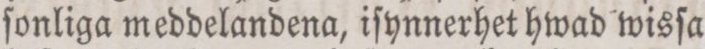
sonliga meddelandena, iſynnerhet hwad wisſa